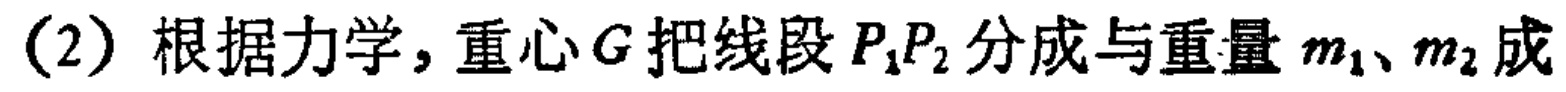
(2) 根据力学，重心\(G\)把线段\(P_{1}P_{2}\)分成与重量\(m_{1}、m_{2}\)成